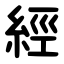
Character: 經